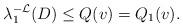
LaTeX: \begin{align*}\lambda_1^{-\mathcal{L}}(D)\leq Q(v)=Q_{1}(v).\end{align*}